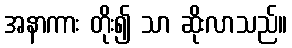
အနာကား တိုး၍ သာ ဆိုးလာသည်။